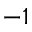
- 1